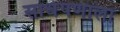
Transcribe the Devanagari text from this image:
साधेपणाला